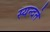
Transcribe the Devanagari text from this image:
स्यन्दते